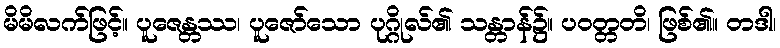
မိမိလက်ဖြင့်။ ပူဇေန္တဿ၊ ပူဇော်သော ပုဂ္ဂိုလ်၏ သန္တာန်၌။ ပဝတ္တတိ၊ ဖြစ်၏။ တဒါ၊